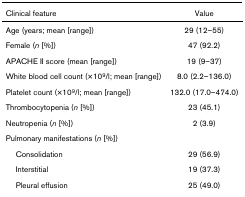
<table><thead><tr><td><b>Clinical feature</b></td><td><b>Value</b></td></tr></thead><tbody><tr><td>Age (years; mean [range])</td><td>29 (12–55)</td></tr><tr><td>Female (<i>n</i> [%])</td><td>47 (92.2)</td></tr><tr><td>APACHE II score (mean [range])</td><td>19 (9–37)</td></tr><tr><td>White blood cell count (×10<sup>9</sup>/l; mean [range])</td><td>8.0 (2.2–136.0)</td></tr><tr><td>Platelet count (×10<sup>9</sup>/l; mean [range])</td><td>132.0 (17.0–474.0)</td></tr><tr><td>Thrombocytopenia (<i>n</i> [%])</td><td>23 (45.1)</td></tr><tr><td>Neutropenia (<i>n</i> [%])</td><td>2 (3.9)</td></tr><tr><td>Pulmonary manifestations (<i>n</i> [%])</td><td></td></tr><tr><td> Consolidation</td><td>29 (56.9)</td></tr><tr><td> Interstitial</td><td>19 (37.3)</td></tr><tr><td> Pleural effusion</td><td>25 (49.0)</td></tr></tbody></table>